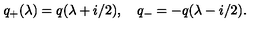
q _ { + } ( \lambda ) = q ( \lambda + i / 2 ) , \quad q _ { - } = - q ( \lambda - i / 2 ) .